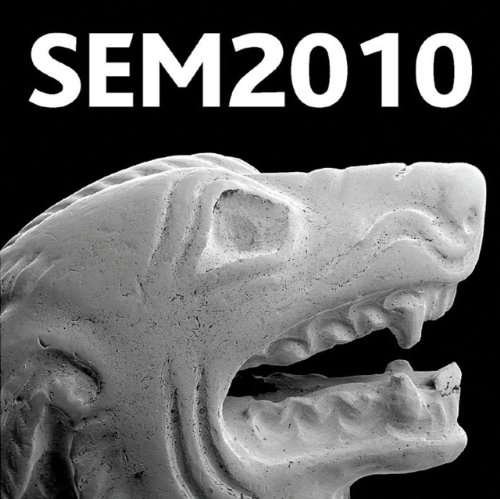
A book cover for Historical Technology, Materials and Conservation: SEM and Microanalysis; Science & Math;